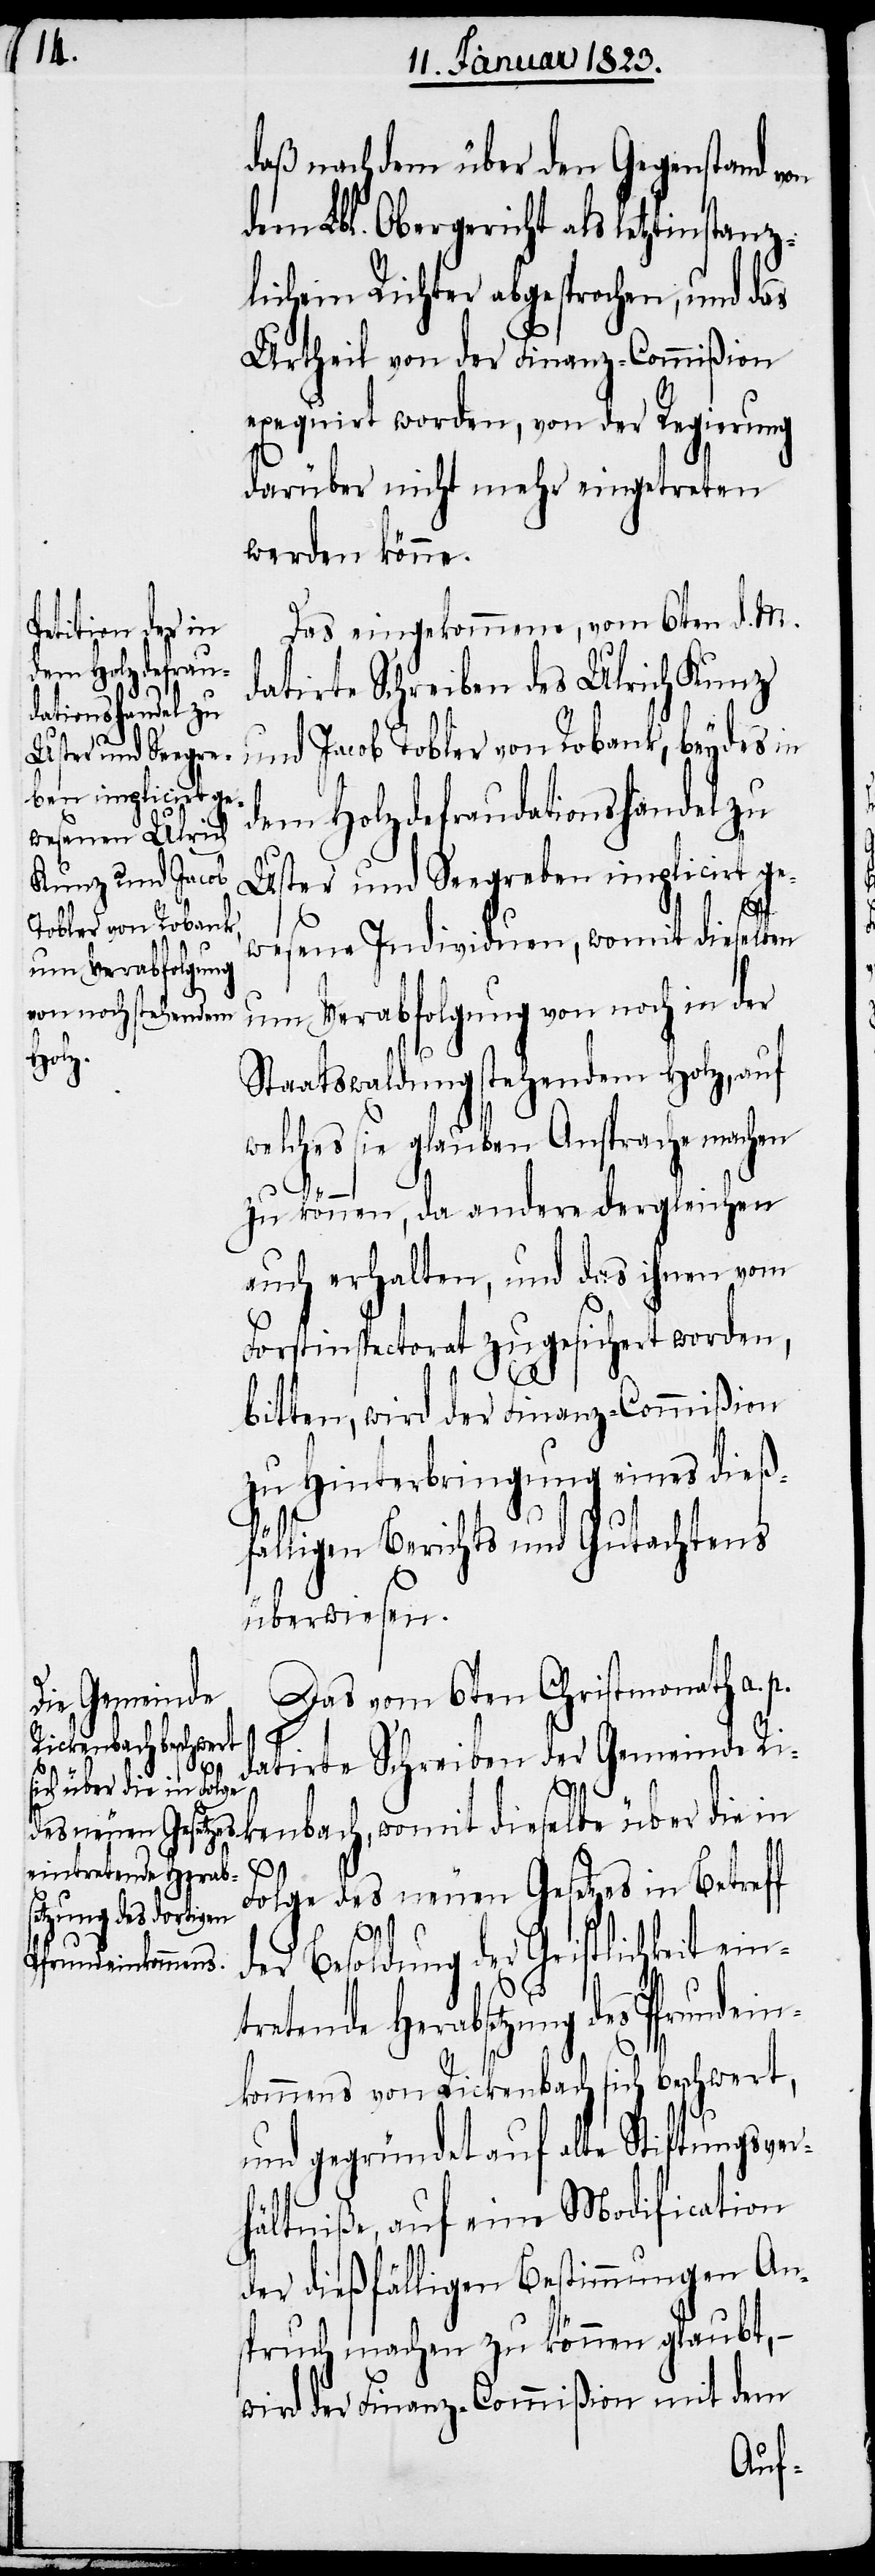
dem Holzdefrau¬
dationshandel zu
intretende Herab¬

daß nachdem über den Gegenstand von
dem Lbl. Obergericht als letztinstanz¬
lichem Richter abgesprochen, und das
Urtheil von der Finanz-Commißion
exequirt worden, von der Regierung
darüber nicht mehr eingetreten
werden könne.
Das eingekommene, vom 6ten d. M.
datirte Schreiben des Ulrich Kunz
und Jacob Tobler von Robank, beydes in
Uster und Seegreben implicirt ge¬
w¬
wesene Individuen, womit dieselben
um Verabfolgung von noch in der
Staatswaldung stehendem Holz, auf
elches sie glauben Ansprache machen
zu können, da andere dergleichen
auch erhalten, und das ihnen vom
Forstinspectorat zugesichert worden,
bitten, wird der Finanz-Commißion
zu Hinterbringung eines dieß¬
fälligen Berichts und Gutachtens
überwiesen.
Das vom 6ten Christmonath a.
datirte Schreiben der Gemeinde Ri¬
kenbach, womit dieselbe über die in
Folge des neuen Gesetzes in Betreff
der Besoldung der Geistlichkeit e¬
setzung des Pfrundein¬
kommens von Rickenbach sich beschwert,
und gegründet auf alte Stiftungsver¬
hältniße, auf eine Modification
der dießfälligen Bestimmungen An¬
spruch machen zu können glaubt, –
wird der Finanz-Commißion mit dem